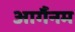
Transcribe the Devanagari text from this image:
आर्गैनम